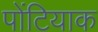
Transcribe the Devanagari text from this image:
पोंटियाक